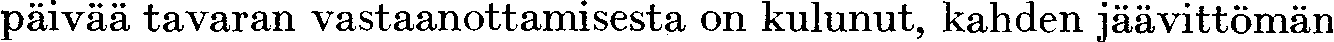
päivää tavaran vastaanottamisesta on kulunut, kahden jäävittömän